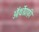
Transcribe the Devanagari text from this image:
ऑर्थोग्राफ़ी